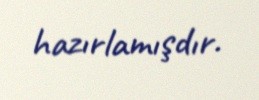
hazırlamışdır.